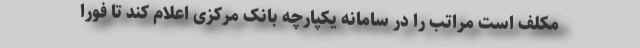
مکلف است مراتب را در سامانه یکپارچه بانک مرکزی اعلام کند تا فوراً